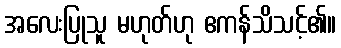
အလေးပြုသူ မဟုတ်ဟု ဧကန်သိသင့်၏။